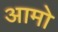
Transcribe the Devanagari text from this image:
आमो